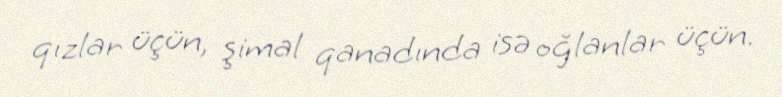
qızlar üçün, şimal qanadında isə oğlanlar üçün.